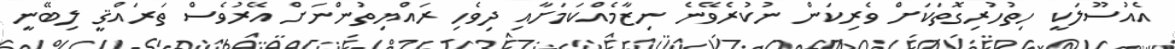
އެއުސޫލަކީ ހިތުހުރިގޮތަކަށް ވެރިކަން ނުކުރެވޭނެ ނިޒާމެއްކަމަށާއި ދިވެހި ރައްޔިތުންނަށް އޭރުވެސް ތަރައްޤީ ލިބޭނީ